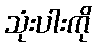
သုံးပါးကို